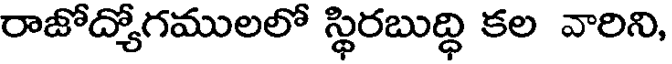
రాజోద్యోగములలో స్థిరబుద్ధి కల వారిని,